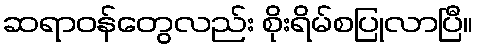
ဆရာဝန်တွေလည်း စိုးရိမ်စပြုလာပြီ။